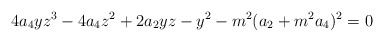
\begin{align*}4a_4 y z^3 - 4a_4 z^2 + 2a_2 yz - y^2 - m^2 (a_2 +m^2 a_4 )^2 = 0\end{align*}